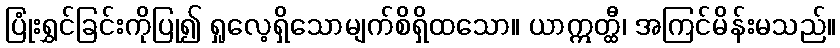
ပြုံးရွှင်ခြင်းကိုပြု၍ ရှုလေ့ရှိသောမျက်စိရှိထသော။ ယာဣတ္ထီ၊ အကြင်မိန်းမသည်။